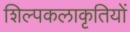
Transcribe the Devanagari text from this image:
शिल्पकलाकृतियों